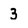
Character: 3